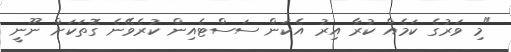
"މި ވަރުގެ ކަމެއް ކުރާ އިރު އެކަން ސަސްޓެއިން ކުރެވޭނެ ގޮތަކަށް ނޫނީ